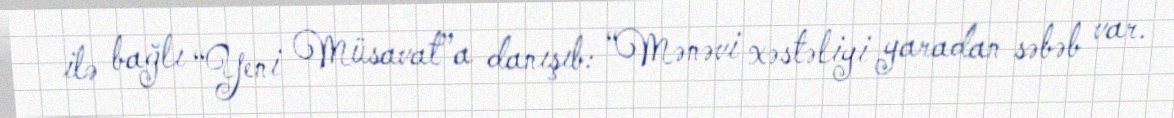
ilə bağlı “Yeni Müsavat”a danışıb: “Mənəvi xəstəliyi yaradan səbəb var.